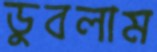
ডুবলাম